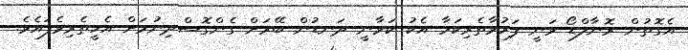
އެގޮތުން ރޮނާލްޑޯ ވަނީ ފަރުވާތެރިކަމާ އެކު ކަވާނީ ދަނޑުން ބޭރަށް ގެންގޮސްދިނުމަށް އެހީތެރިވެފައެވެ.